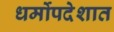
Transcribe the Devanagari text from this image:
धर्मोपदेशात